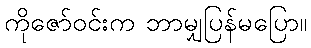
ကိုဇော်ဝင်းက ဘာမျှပြန်မပြော။